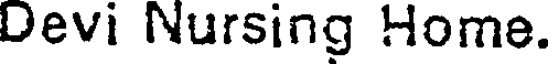
Devi Nursing Home.